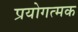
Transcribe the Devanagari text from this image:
प्रयोगत्मक